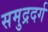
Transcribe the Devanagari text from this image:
समुद्रदर्ग